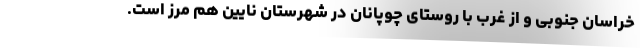
خراسان جنوبی و از غرب با روستای چوپانان در شهرستان نایین هم مرز است.